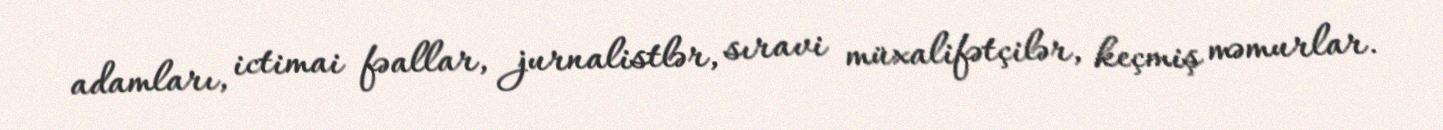
adamları, ictimai fəallar, jurnalistlər, sıravi müxalifətçilər, keçmiş məmurlar.